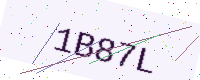
Text: 1B87L